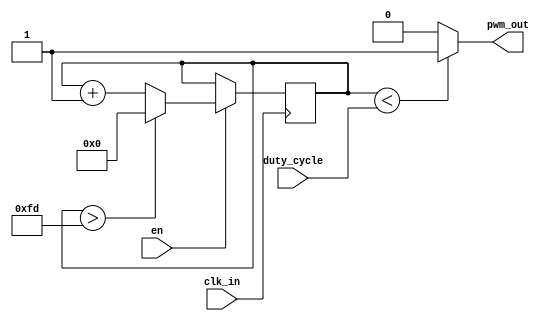
module PWM_module #(parameter width = 8)             // PWM 
                   (input clk_in,                    // 
                    input en,                        // 
                    input [width - 1: 0] duty_cycle, // 
                    output pwm_out);                 //  PWM 
    
    //  PWM 
    
    reg [width - 1: 0] counter        = 'd0;
    reg [width - 1: 0] duty_cycle_reg = 'd0;
    
    always@(duty_cycle) begin
        duty_cycle_reg = duty_cycle;
    end
    
    always @(posedge clk_in) begin
        if (en) begin
            if (counter > {width{1'b1}} - 2) begin  //  PWM  2 ^ width - 1 100% 
                counter = 'd0;
            end
            else begin
                counter = counter + 1;
            end
        end
    end
    
    assign pwm_out = (counter < duty_cycle_reg)? 1'b1: 1'b0;
    
endmodule